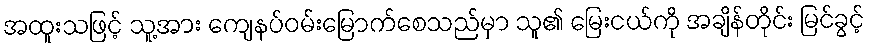
အထူးသဖြင့် သူ့အား ကျေနပ်ဝမ်းမြောက်စေသည်မှာ သူ၏ မြေးငယ်ကို အချိန်တိုင်း မြင်ခွင့်